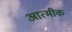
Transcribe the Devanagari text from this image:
आत्मीक